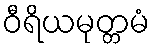
ဝီရိယမုတ္တမံ